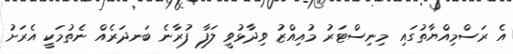
އެ ރަސްމިއްޔާތުގައި މިނިސްޓަރު މުއިއްޒު ވިދާޅުވީ ލަފާ ފުރާނެ ބަނދަރެއް ނެތުމަކީ އެރަށު